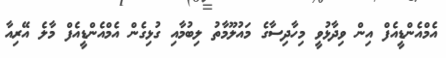
އެމްއެންޑީއެފް އިން ވިދާޅުވީ މިހާދިސާގެ މައުލޫމާތު ލިބުމާއި ގުޅިގެން އެމްއެންޑީއެފް މާލެ އޭރިއާ